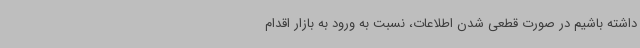
داشته باشیم در صورت قطعی شدن اطلاعات، نسبت به ورود به بازار اقدام